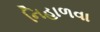
નિહાળવા